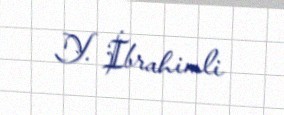
Y. İbrahimli